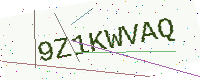
Text: 9Z1KWVAQ